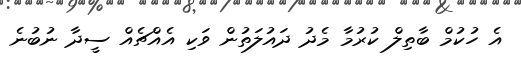
އެ ހުކުމް ބާތިލް ކުރުމާ މެދު ދައުލަތުން ވަކި އެއްޗެއް ސީދާ ނުބުނެ